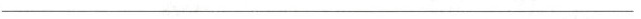
___